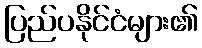
ပြည်ပနိုင်ငံများ၏